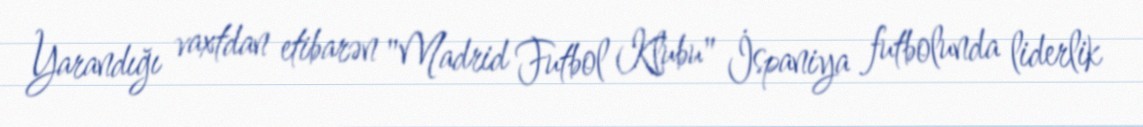
Yarandığı vaxtdan etibarən "Madrid Futbol Klubu" İspaniya futbolunda liderlik